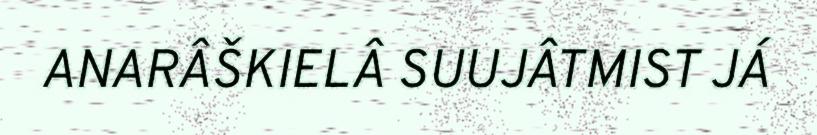
ANARÂŠKIELÂ SUUJÂTMIST JÁ